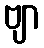
ဗျာ